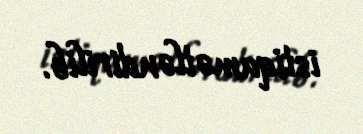
istiqamətləndirilib.